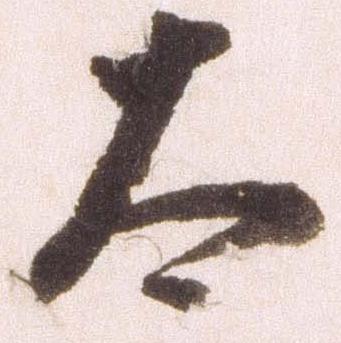
太